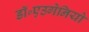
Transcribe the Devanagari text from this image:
डॉ॰एउगेनियो